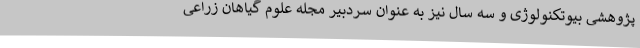
پژوهشی بیوتکنولوژی و سه سال نیز به عنوان سردبیر مجله علوم گیاهان زراعی